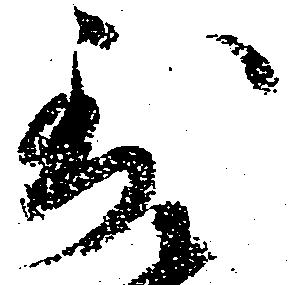
到